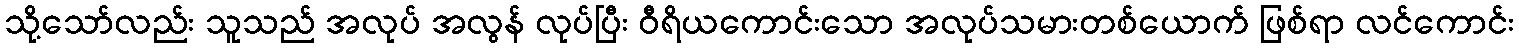
သို့သော်လည်း သူသည် အလုပ် အလွန် လုပ်ပြီး ဝီရိယကောင်းသော အလုပ်သမားတစ်ယောက် ဖြစ်ရာ လင်ကောင်း